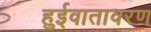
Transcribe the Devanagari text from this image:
हुईवातावरण